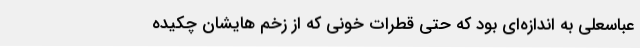
عباسعلی به اندازه‌ای بود که حتی قطرات خونی که از زخم هایشان چکیده